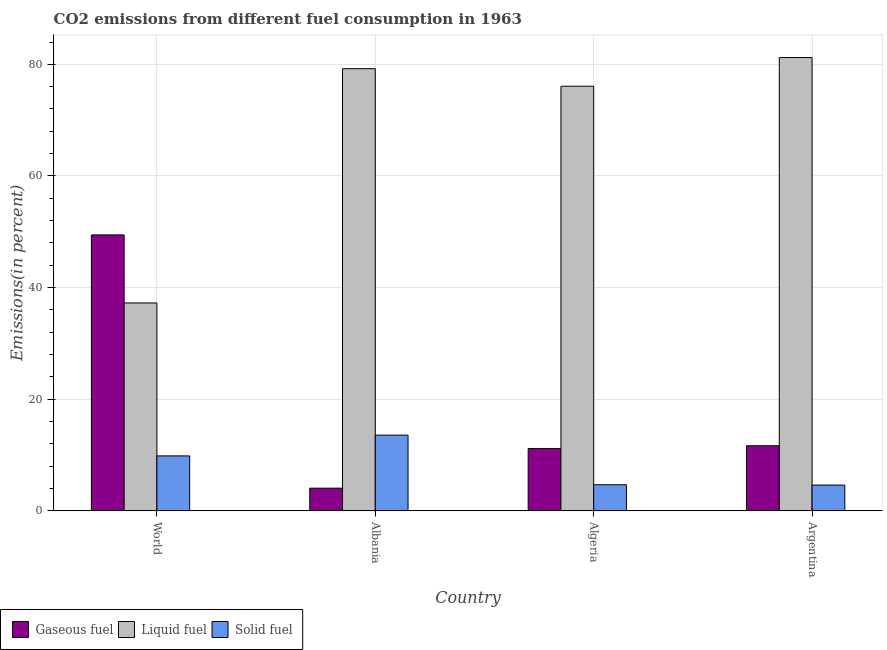
| Country | Gaseous fuel | Liquid fuel | Solid fuel |
 | --- | --- | --- | --- |
 | World | 49.4 | 37.2 | 9.83 |
 | Albania | 4.05 | 79.2 | 13.6 |
 | Algeria | 11.1 | 76.1 | 4.66 |
 | Argentina | 11.6 | 81.2 | 4.61 |